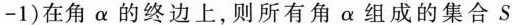
-1)在角 \alpha 的终边上，则所有角 \alpha组成的集合S